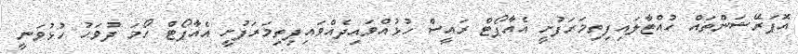
އޮޕަރޭޝަންތައް ހުއްޓާލައިފިތިމަރަފުށީ އެއާޕޯޓް ރައީސް ހުޅުއްވައިދެއްވައިފިތިމަރަފުށީ އެއާޕޯޓް ހޯމަ ދުވަހު ހުޅުވަނީ